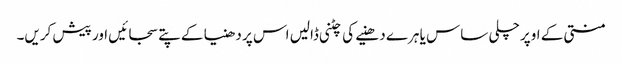
منتی کے اوپر چلی ساس یا ہرے دھنیے کی چٹنی ڈالیں اس پر دھنیا کے پتے سجائیں اور پیش کریں۔